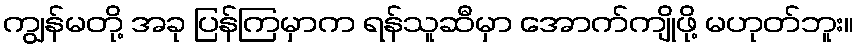
ကျွန်မတို့ အခု ပြန်ကြမှာက ရန်သူဆီမှာ အောက်ကျိုဖို့ မဟုတ်ဘူး။